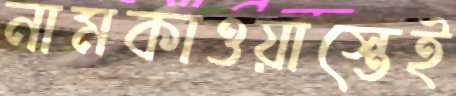
নামকাওয়াস্তেই